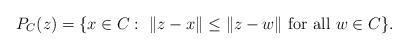
LaTeX: \begin{align*}P_C(z)=\{x\in C:~\|z-x\|\leq \|z-w\|\mbox{ for all }w\in C\}.\end{align*}